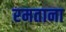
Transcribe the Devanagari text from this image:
रमताना